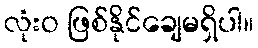
လုံးဝ ဖြစ်နိုင်ချေမရှိပါ။